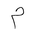
Letter: _mim